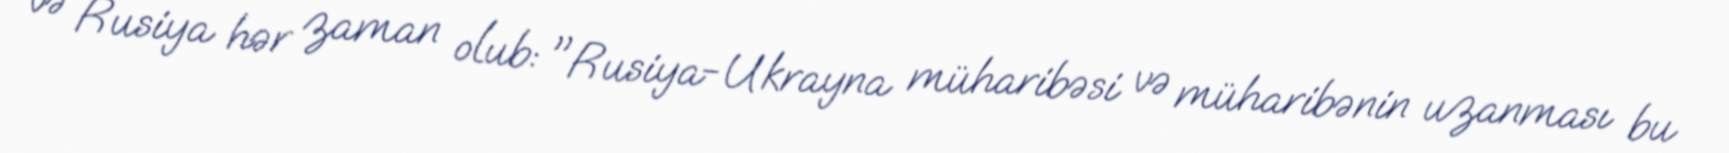
və Rusiya hər zaman olub: "Rusiya-Ukrayna müharibəsi və müharibənin uzanması bu